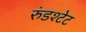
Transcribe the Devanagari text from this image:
रुंडश्टेट